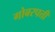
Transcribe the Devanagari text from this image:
गोबरपत्ती